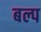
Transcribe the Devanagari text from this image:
बल्प